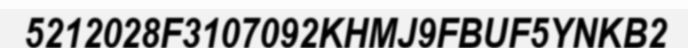
5212028F3107092KHMJ9FBUF5YNKB2